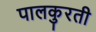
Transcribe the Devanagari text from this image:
पालकुरती